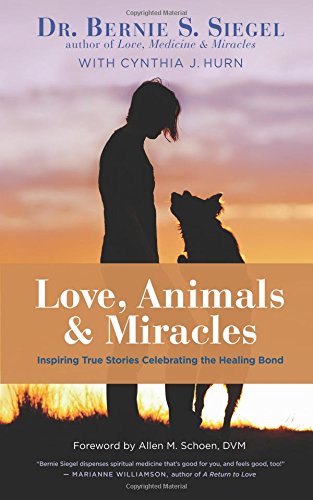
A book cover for Love, Animals, and Miracles: Inspiring True Stories Celebrating the Healing Bond; Dr. Bernie S. Siegel; Crafts, Hobbies & Home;